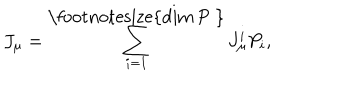
LaTeX: J _ { \mu } = \sum _ { i = 1 } ^ { \mathrm { \footnotesize { d i m ~ P ~ } } } J _ { \mu } ^ { i } P _ { i } ,